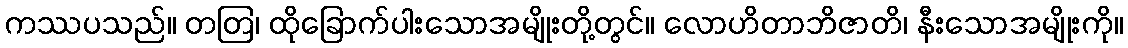
ကဿပသည်။ တတြ၊ ထိုခြောက်ပါးသောအမျိုးတို့တွင်။ လောဟိတာဘိဇာတိ၊ နီးသောအမျိုးကို။